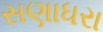
સણાધરા